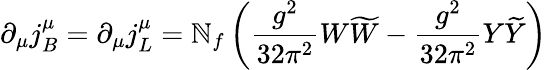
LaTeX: \partial_{\mu}j_{B}^{\mu}=\partial_{\mu}j_{L}^{\mu}=\mathbb{N}_{f}\left(\frac{{g^{2}}}{{32\pi^{2}}}W\widetilde{{W}}-\frac{{g^{2}}}{{32\pi^{2}}}Y\widetilde{{Y}}\right)